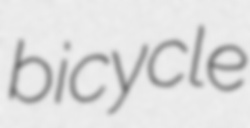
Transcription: bicycle